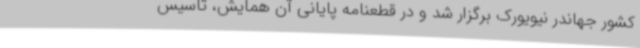
کشور جهاندر نیویورک برگزار شد و در قطعنامه‌ پایانی آن همایش، تأسیس